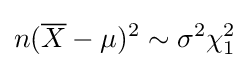
n({\overline {X}}-\mu )^{2}\sim \sigma ^{2}\chi _{1}^{2}